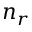
n _ { r }